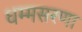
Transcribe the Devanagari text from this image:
धम्मसरणा